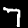
Digit: 7